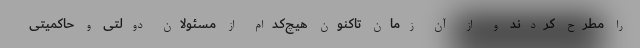
را مطرح کردند و از آن زمان تاکنون هیچ‌کدام از مسئولان دولتی و حاکمیتی